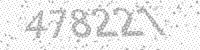
Solution: 478221